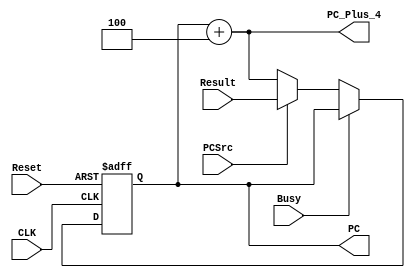
module ProgramCounter(
    input CLK,
    input Reset,
    input PCSrc,
    input [31:0] Result,
    input Busy,
    
    output reg [31:0] PC,
    output [31:0] PC_Plus_4
);     
    always@(posedge CLK or posedge Reset) begin 
        if(Reset) begin
            PC <=32'b0;
        end 
        else if(~Busy) begin
            if(PCSrc==1) begin
                PC <= Result;
            end
            else if(PCSrc==0) begin
                PC <= PC + 3'b100;
            end
         end    
         else if(Busy)
            PC <= PC;
    end
    
    assign PC_Plus_4 = PC + 3'b100;
    
endmodule